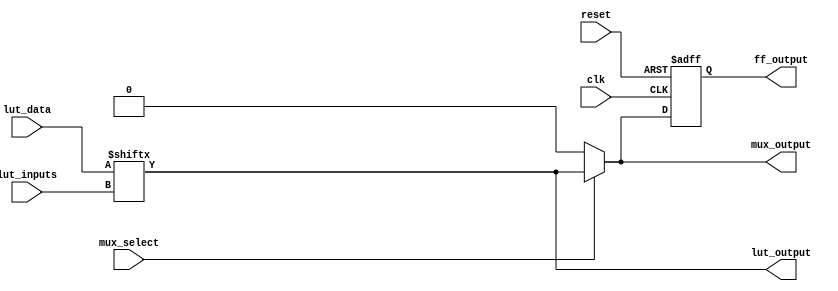
module CLB (
    input wire [3:0] lut_inputs,      // Inputs to the LUT
    input wire [15:0] lut_data,        // LUT data (truth table)
    input wire mux_select,             // MUX select signal
    input wire clk,                    // Clock for FF
    input wire reset,                  // Reset signal for FF
    output wire lut_output,            // Output from the LUT
    output wire mux_output,            // Output from the MUX
    output reg ff_output               // Output from the FF
);

// Look-Up Table (LUT)
assign lut_output = lut_data[lut_inputs];

// 2-to-1 Multiplexer
assign mux_output = mux_select ? lut_output : 1'b0; // Select between LUT output and 0

// Flip-Flop
always @(posedge clk or posedge reset) begin
    if (reset) begin
        ff_output <= 1'b0; // Reset FF output
    end else begin
        ff_output <= mux_output; // Store MUX output in FF
    end
end

endmodule